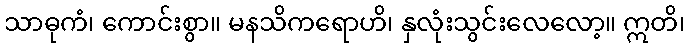
သာဓုကံ၊ ကောင်းစွာ။ မနသိကရောဟိ၊ နှလုံးသွင်းလေလော့။ ဣတိ၊